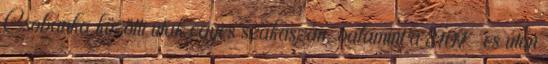
Csobánka közötti utak egyes szakaszán, valamint a 8107-es úton